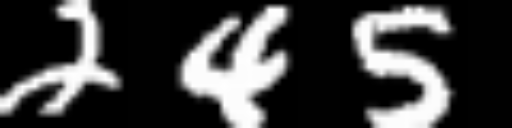
Text: 245